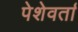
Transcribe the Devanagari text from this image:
पेशेवर्ता